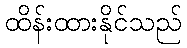
ထိန်းထားနိုင်သည်